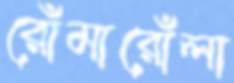
রোঁমারোঁলা